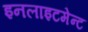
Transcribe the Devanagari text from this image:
इनलाइटमेन्ट